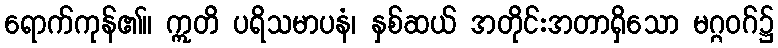
ရောက်ကုန်၏။ ဣတိ ပရိသမာပနံ၊ နှစ်ဆယ် အတိုင်းအတာရှိသော မဂ္ဂဝဂ်၌